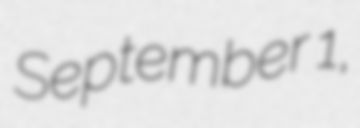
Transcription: September 1,